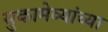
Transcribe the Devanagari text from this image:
सुकामेव्यांच्या